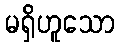
မရှိဟူသော